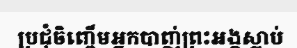
ប្រជុំចិញ្ចើមអ្នកបាញ់ព្រះអង្គស្លាប់